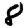
Digit: 8